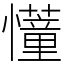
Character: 𢤦